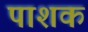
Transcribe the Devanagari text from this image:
पाशक